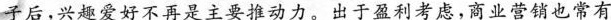
子后，兴趣爱好不再是主要推动力。出于盈利考虑，商业营销也常有